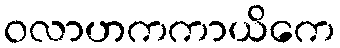
ဝလာဟကကာယိကေ